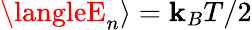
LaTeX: \langleE_{n}\rangle=\mathbf{k}_{B}T/2